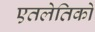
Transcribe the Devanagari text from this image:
एतलेतिको